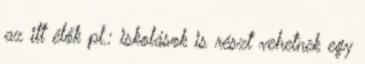
az itt élők pl.: iskolások is részt vehetnek egy